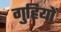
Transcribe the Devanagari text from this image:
गुहियों